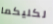
لكليكما